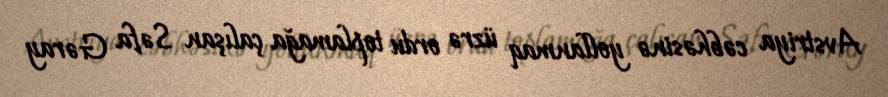
Avstriya cəbhəsinə yollanmaq üzrə ordu toplamağa çalışan Səfa Gəray